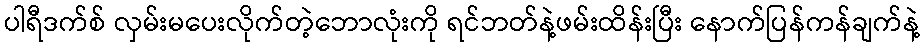
ပါရီဒက်စ် လှမ်းမပေးလိုက်တဲ့ဘောလုံးကို ရင်ဘတ်နဲ့ဖမ်းထိန်းပြီး နောက်ပြန်ကန်ချက်နဲ့